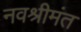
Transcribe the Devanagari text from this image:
नवश्रीमंत